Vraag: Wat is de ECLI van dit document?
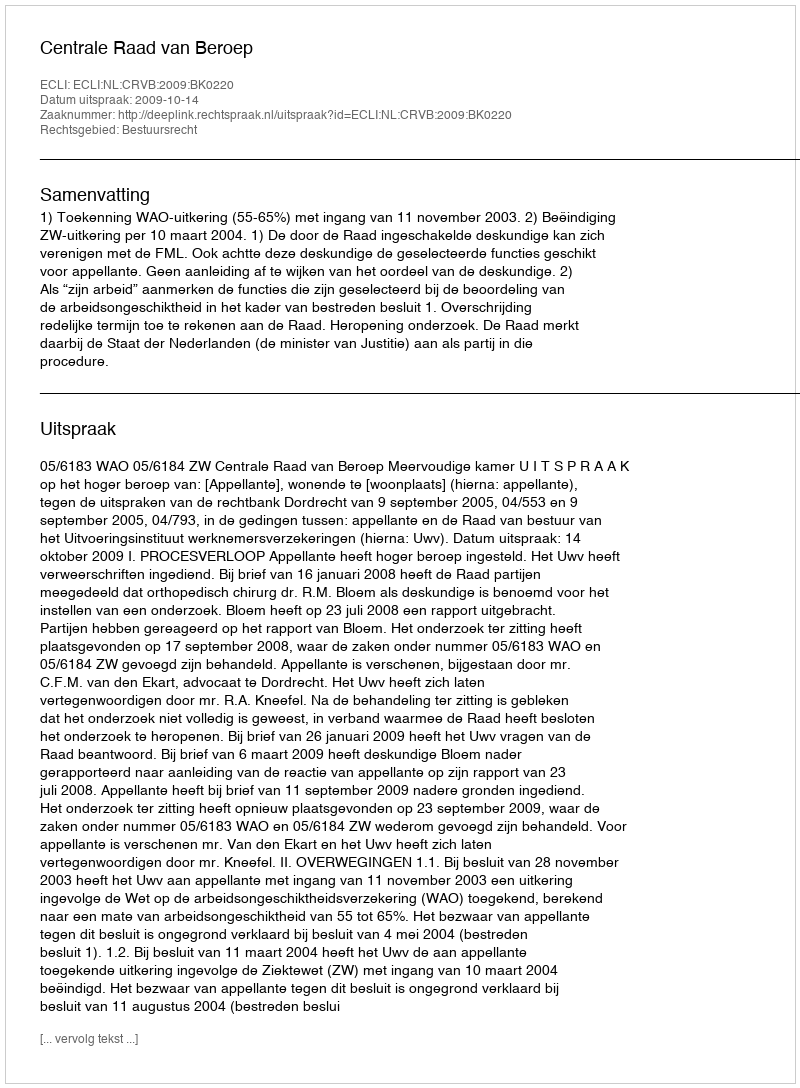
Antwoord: ECLI:NL:CRVB:2009:BK0220